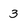
Character: 3